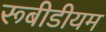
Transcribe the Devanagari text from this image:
रूबीडीयम